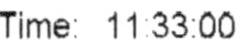
TIME: 11:33:00